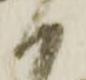
御